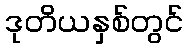
ဒုတိယနှစ်တွင်